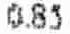
0.85